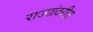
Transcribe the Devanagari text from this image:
राज्यांवरील